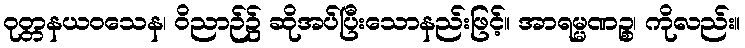
ဝုတ္တနယဝသေန၊ ဝိညာဉ်၌ ဆိုအပ်ပြီးသောနည်းဖြင့်။ အာရမ္မဏဉ္စ၊ ကိုလည်း။